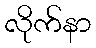
လိုက်နာ